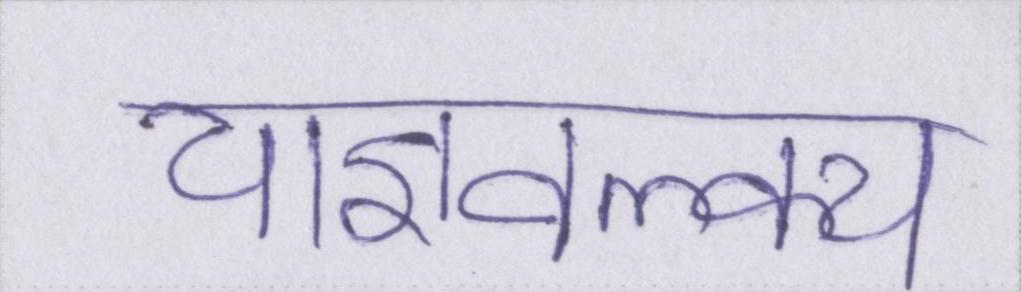
याज्ञवल्क्य